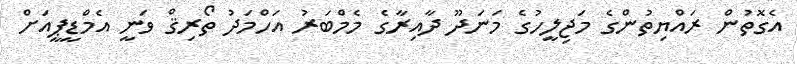
އެގޮތުން ރައްޔިތުންގެ މަޖިލީހުގެ މަނަދޫ ދާއިރާގެ މެމްބަރު އަހްމަދު ތޯރިޤް ވަނީ އެމްޑީޕީއަށް